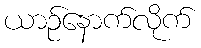
ယာဉ်နောက်လိုက်